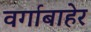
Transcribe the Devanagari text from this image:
वर्गाबाहेर